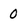
Character: 0